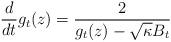
LaTeX: \begin{align*}\frac{d}{dt}g_{t}(z)=\frac{2}{g_{t}(z)-\sqrt{\kappa}B_{t}}\end{align*}